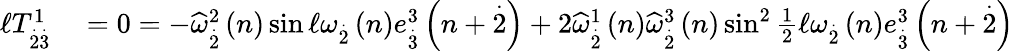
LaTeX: \begin{array}{rl}{\mathcal{\ell}T_{\overset{.}{2}\overset{.}{3}}^{1}}&{{}=0=-\widehat{\omega}_{\overset{.}{2}}^{2}\left(n\right)\sin\mathcal{\ell}\omega_{\overset{.}{2}}\left(n\right)e_{\overset{.}{3}}^{3}\left(n+\overset{.}{2}\right)+2\widehat{\omega}_{\overset{.}{2}}^{1}\left(n\right)\widehat{\omega}_{\overset{.}{2}}^{3}\left(n\right)\sin^{2}\frac{1}{2}\mathcal{\ell}\omega_{\overset{.}{2}}\left(n\right)e_{\overset{.}{3}}^{3}\left(n+\overset{.}{2}\right)}\end{array}